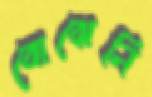
বোঝেনি